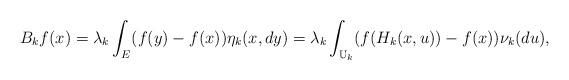
LaTeX: \begin{align*}B_kf(x)=\lambda_k\int_E(f(y)-f(x))\eta_k(x,dy)=\lambda_k\int_{{\Bbb U}_k}(f(H_k(x,u))-f(x))\nu_k(du),\end{align*}